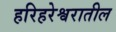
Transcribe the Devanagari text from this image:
हरिहरेश्वरातील